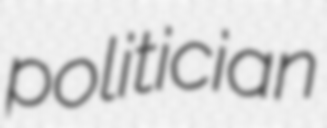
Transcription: politician